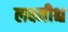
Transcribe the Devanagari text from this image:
लक्ष्मीश्च